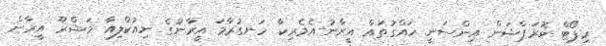
ރިޕޯޓް ކޮރަޕްޝަން އިންސަނީ ހައްގުތައް އީރާނު-އެމެރިކާ ހަނގުރާމަ އީރާނުގެ ނިއުކްލިއާ މަޝްރޫ އީރާން